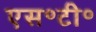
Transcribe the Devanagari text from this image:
एस॰टी॰